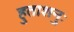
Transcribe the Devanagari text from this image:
हुताशनुः